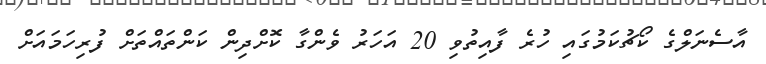
އާސެނަލްގެ ކޯޗުކަމުގައި ހުރެ ފާއިތުވި 20 އަހަރު ވެންގާ ކޮށްދިން ކަންތައްތަށް ފުރިހަމައަށް